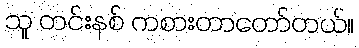
သူ တင်းနစ် ကစားတာတော်တယ်။